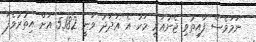
ނަމަވެސް ފާއިތުވި ޖެނުއަރީ މަހު އެ އަދަދު ވަނީ 5